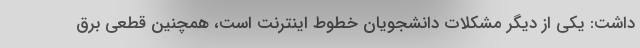
داشت: یکی از دیگر مشکلات دانشجویان خطوط اینترنت است، همچنین قطعی برق